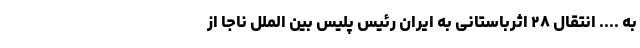
به .... انتقال ۲۸ اثرباستانی به ایران رئیس پلیس بین الملل ناجا از